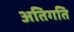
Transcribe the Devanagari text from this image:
अतिगति